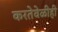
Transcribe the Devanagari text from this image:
करतेवेळीही